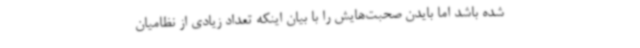
شده باشد اما بایدن صحبت‌هایش را با بیان اینکه تعداد زیادی از نظامیان